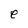
Character: e